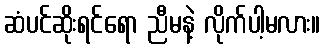
ဆံပင်ဆိုးရင်ရော ညီမနဲ့ လိုက်ပါ့မလား။